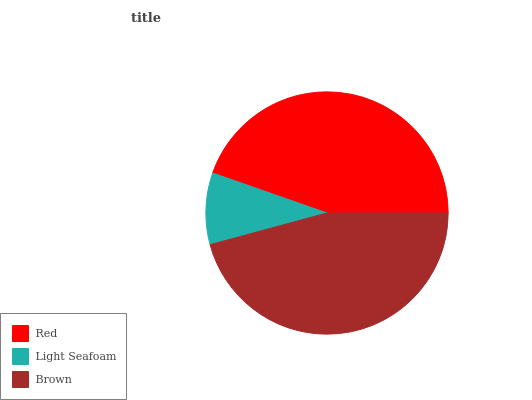
| Red | Light Seafoam | Brown |
 | --- | --- | --- |
 | 44.7% | 9.54% | 45.8% |